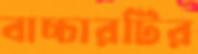
বাচ্চারটির